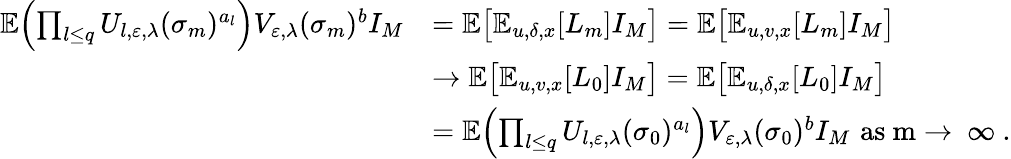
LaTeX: \begin{array}{rl}{\mathbb E\Bigl(\prod_{l\leq q}U_{l,\varepsilon,\lambda}(\sigma_{m})^{a_{l}}\Bigr)V_{\varepsilon,\lambda}(\sigma_{m})^{b}I_{M}}&{=\mathbb E\bigl[\mathbb E_{u,\delta,x}[L_{m}]I_{M}\bigr]=\mathbb E\bigl[\mathbb E_{u,v,x}[L_{m}]I_{M}\bigr]}\\ &{\to\mathbb E\bigl[\mathbb E_{u,v,x}[L_{0}]I_{M}\bigr]=\mathbb E\bigl[\mathbb E_{u,\delta,x}[L_{0}]I_{M}\bigr]}\\ &{=\mathbb E\Bigl(\prod_{l\leq q}U_{l,\varepsilon,\lambda}(\sigma_{0})^{a_{l}}\Bigr)V_{\varepsilon,\lambda}(\sigma_{0})^{b}I_{M}\, \, \mathrm{as~m\to~\infty~}.}\end{array}